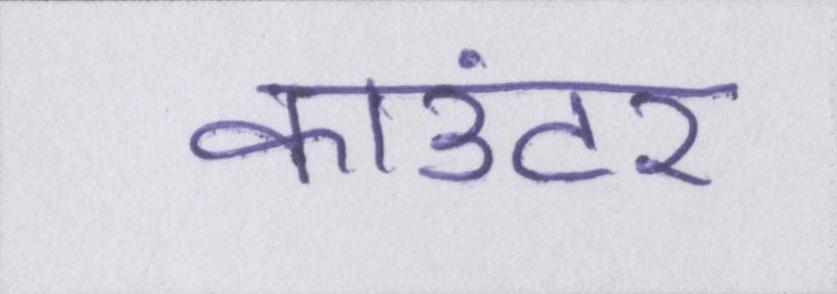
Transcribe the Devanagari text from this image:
काउंटर